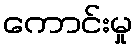
ကောင်းမှု